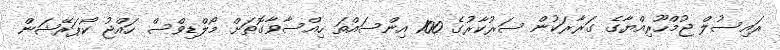
ރައިސުލް ޖުމްހޫރިއްޔާގެ ގަރާރަކުން ސަރުކާރުގެ 100 އިންސައްތަ ހިއްސާވާގޮތަށް މޯލްޑިވްސް ހައްޖު ކޯޕަރޭޝަން